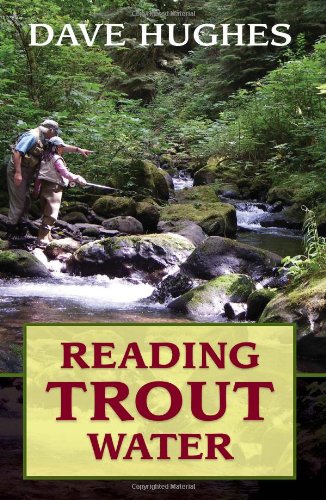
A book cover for Reading Trout Water: 2nd Edition; Dave Hughes; Sports & Outdoors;